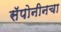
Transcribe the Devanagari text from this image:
सॅपोनीनचा